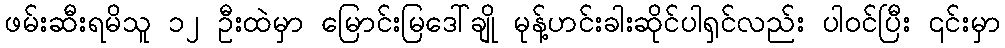
ဖမ်းဆီးရမိသူ ၁၂ ဦးထဲမှာ မြောင်းမြဒေါ်ချို မုန့်ဟင်းခါးဆိုင်ပါရှင်လည်း ပါဝင်ပြီး ၎င်းမှာ